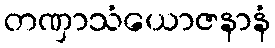
တဏှာသံယောဇနာနံ